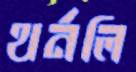
থর্নলি